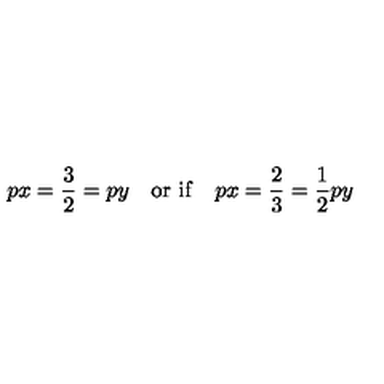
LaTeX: p x = \frac { 3 } { 2 } = p y \quad \mathrm { o r \ i f } \quad p x = \frac { 2 } { 3 } = \frac { 1 } { 2 } p y